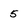
Character: 5